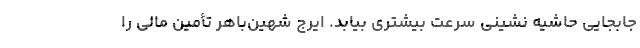
جابجایی حاشیه نشینی سرعت بیشتری بیابد. ایرج شهین‌باهر تأمین مالی را